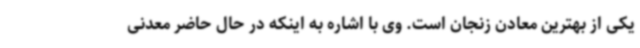
یکی از بهترین معادن زنجان است. وی با اشاره به اینکه در حال حاضر معدنی